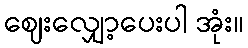
ဈေးလျှော့ပေးပါ အုံး။